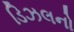
ડિઝલનો